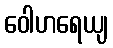
ဝေါဟရေယျ